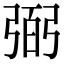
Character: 弼